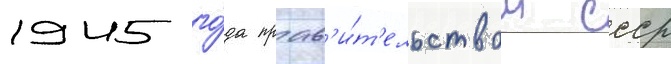
1945 го́да прав'и́т'ельством ссср